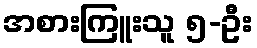
အစားကြူးသူ ၅-ဦး